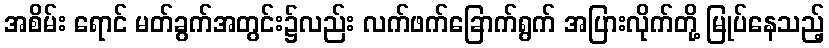
အစိမ်း ရောင် မတ်ခွက်အတွင်း၌လည်း လက်ဖက်ခြောက်ရွက် အပြားလိုက်တို့ မြုပ်နေသည့်